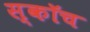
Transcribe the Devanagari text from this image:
स्‍कॉच